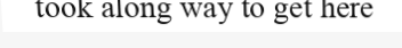
took along way to get here